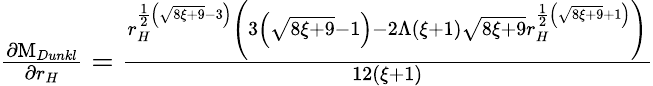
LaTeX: \begin{array}{r}{\frac{\partial\mathrm{M}_{Dunkl}}{\partial r_{H}}=\frac{r_{H}^{\frac{1}{2}\left(\sqrt{8\xi+9}-3\right)}\left(3\left(\sqrt{8\xi+9}-1\right)-2\Lambda(\xi+1)\sqrt{8\xi+9}r_{H}^{\frac{1}{2}\left(\sqrt{8\xi+9}+1\right)}\right)}{12(\xi+1)}}\end{array}